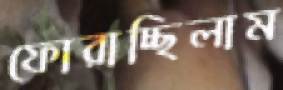
ফোরাচ্ছিলাম